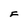
Character: F